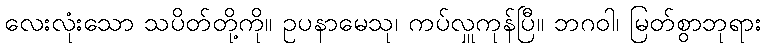
လေးလုံးသော သပိတ်တို့ကို။ ဥပနာမေသု၊ ကပ်လှူကုန်ပြီ။ ဘဂဝါ၊ မြတ်စွာဘုရား